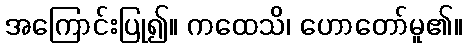
အကြောင်းပြု၍။ ကထေသိ၊ ဟောတော်မူ၏။